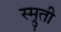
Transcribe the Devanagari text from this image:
स्म्रुती